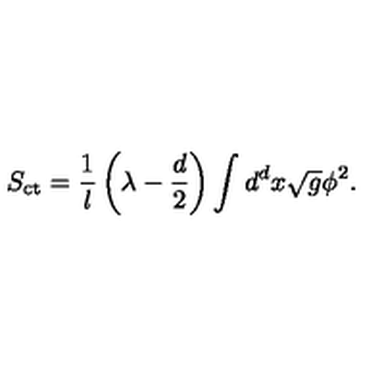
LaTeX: S _ { \mathrm { c t } } = \frac 1 l \left( \lambda - \frac { d } 2 \right) \int d ^ { d } x \sqrt { g } \phi ^ { 2 } .